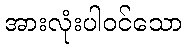
အားလုံးပါဝင်သော